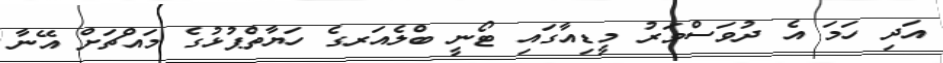
އަދި ހަމަ އެ ދުވަސްވަރު މީޑިއާގައި ޓޯނީ ބްލެއަރގެ ހަޔާތްޕުޅުގެ މައްޗަށް އޭނާ